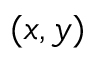
( x , y )